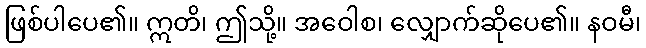
ဖြစ်ပါပေ၏။ ဣတိ၊ ဤသို့။ အဝေါစ၊ လျှောက်ဆိုပေ၏။ နဝမီ၊